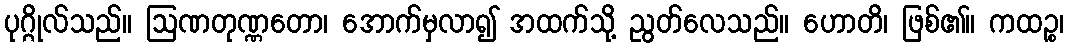
ပုဂ္ဂိုလ်သည်။ ဩဏတုဏ္ဏတော၊ အောက်မှလာ၍ အထက်သို့ ညွတ်လေသည်။ ဟောတိ၊ ဖြစ်၏။ ကထဉ္စ၊